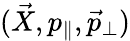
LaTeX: (\vec{X},p_{\parallel},\vec{p}_{\perp})